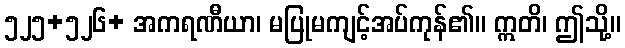
၅၂၅+၅၂၆+ အကရဏီယာ၊ မပြုမကျင့်အပ်ကုန်၏။ ဣတိ၊ ဤသို့။